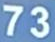
73